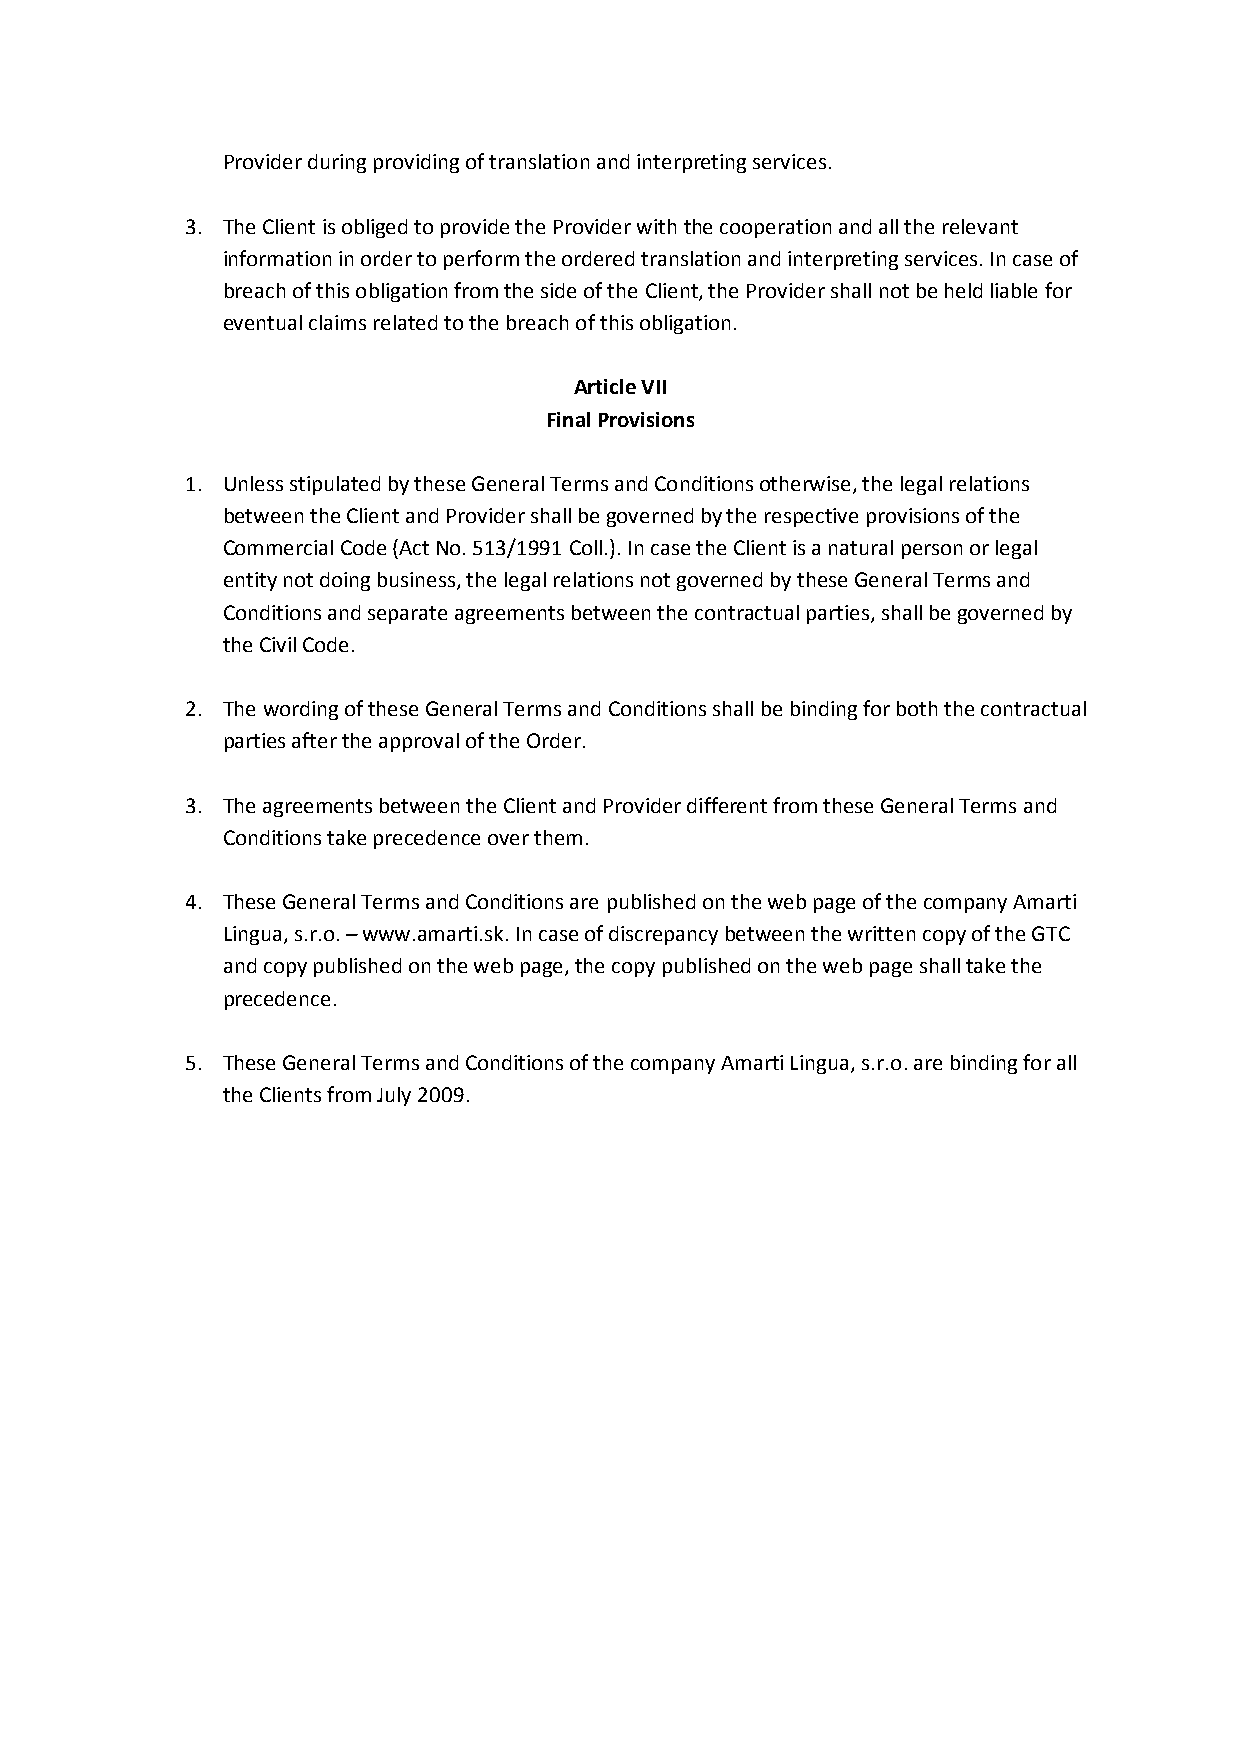
Provider during providing of translation and interpreting services.
 3. The Client is obliged to provide the Provider with the cooperation and all the relevant
 information in order to perform the ordered translation and interpreting services. In case of
 breach of this obligation from the side of the Client, the Provider shall not be held liable for
 eventual claims related to the breach of this obligation.
 Article VII
 Final Provisions
 1. Unless stipulated by these General Terms and Conditions otherwise, the legal relations
 between the Client and Provider shall be governed by the respective provisions of the
 Commercial Code (Act No. 513/1991 Coll.). In case the Client is a natural person or legal
 entity not doing business, the legal relations not governed by these General Terms and
 Conditions and separate agreements between the contractual parties, shall be governed by
 the Civil Code.
 2. The wording of these General Terms and Conditions shall be binding for both the contractual
 parties after the approval of the Order.
 3. The agreements between the Client and Provider different from these General Terms and
 Conditions take precedence over them.
 4. These General Terms and Conditions are published on the web page of the company Amarti
 Lingua, s.r.o. – www.amarti.sk. In case of discrepancy between the written copy of the GTC
 and copy published on the web page, the copy published on the web page shall take the
 precedence.
 5. These General Terms and Conditions of the company Amarti Lingua, s.r.o. are binding for all
 the Clients from July 2009.